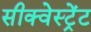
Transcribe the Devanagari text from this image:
सीक्वेस्ट्रेंट